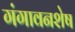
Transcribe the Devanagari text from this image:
गंगावनशेष